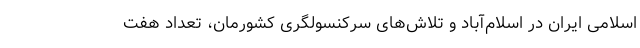
اسلامی ایران در اسلام‌آباد و تلاش‌های سرکنسولگری کشورمان، تعداد هفت